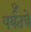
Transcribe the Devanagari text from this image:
पर्यँतचे